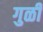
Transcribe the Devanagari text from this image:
गुळी